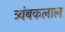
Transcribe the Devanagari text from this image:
त्र्यंबकलाल